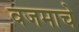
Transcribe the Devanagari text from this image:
वजमाचे